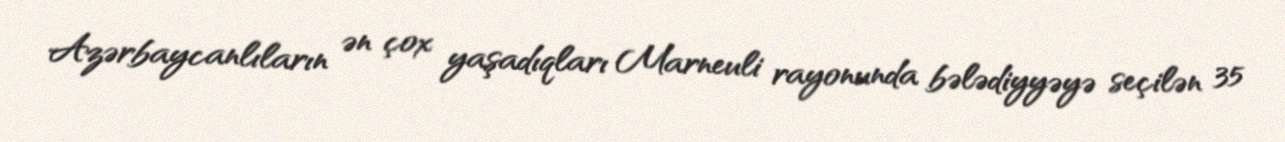
Azərbaycanlıların ən çox yaşadıqları Marneuli rayonunda bələdiyyəyə seçilən 35